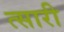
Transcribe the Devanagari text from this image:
त्सारी